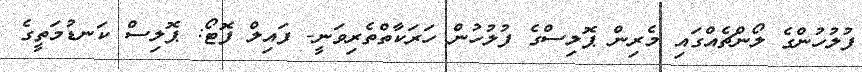
ފުލުހުންގެ ލޯންޗެއްގައި މެރިން ޕޮލިސްގެ ފުލުހުން ހަރަކާތްތެރިވަނީ- ފައިލް ފޮޓޯ: ޕޮލިސް ކަނޑުމަތީގެ